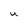
Character: U